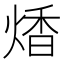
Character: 𤋭